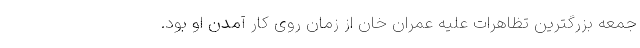
جمعه بزرگترین تظاهرات علیه عمران خان از زمان روی کار آمدن او بود.